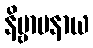
နိဗ္ဗာပနာယ